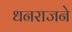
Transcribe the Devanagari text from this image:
धनराजने